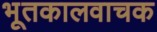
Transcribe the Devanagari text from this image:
भूतकालवाचक